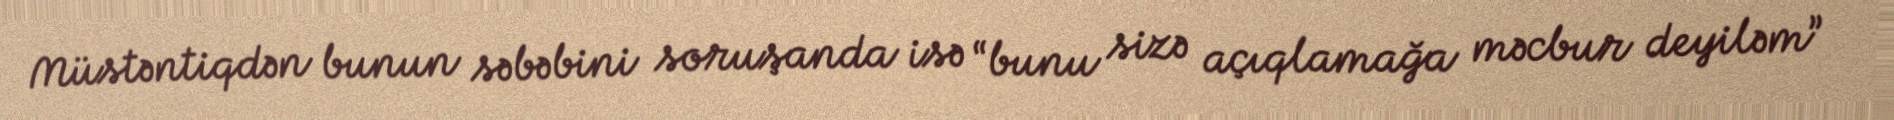
Müstəntiqdən bunun səbəbini soruşanda isə “bunu sizə açıqlamağa məcbur deyiləm”